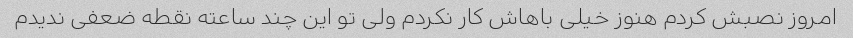
امروز نصبش کردم هنوز خیلی باهاش کار نکردم ولی تو این چند ساعته نقطه ضعفی ندیدم